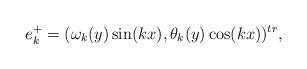
LaTeX: \begin{align*}e_k^+=(\omega_k(y) \sin(kx), \theta_k(y) \cos(kx))^{tr}, \end{align*}